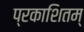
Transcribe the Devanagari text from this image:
प्रकाशितम्